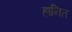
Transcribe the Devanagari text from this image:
हानित